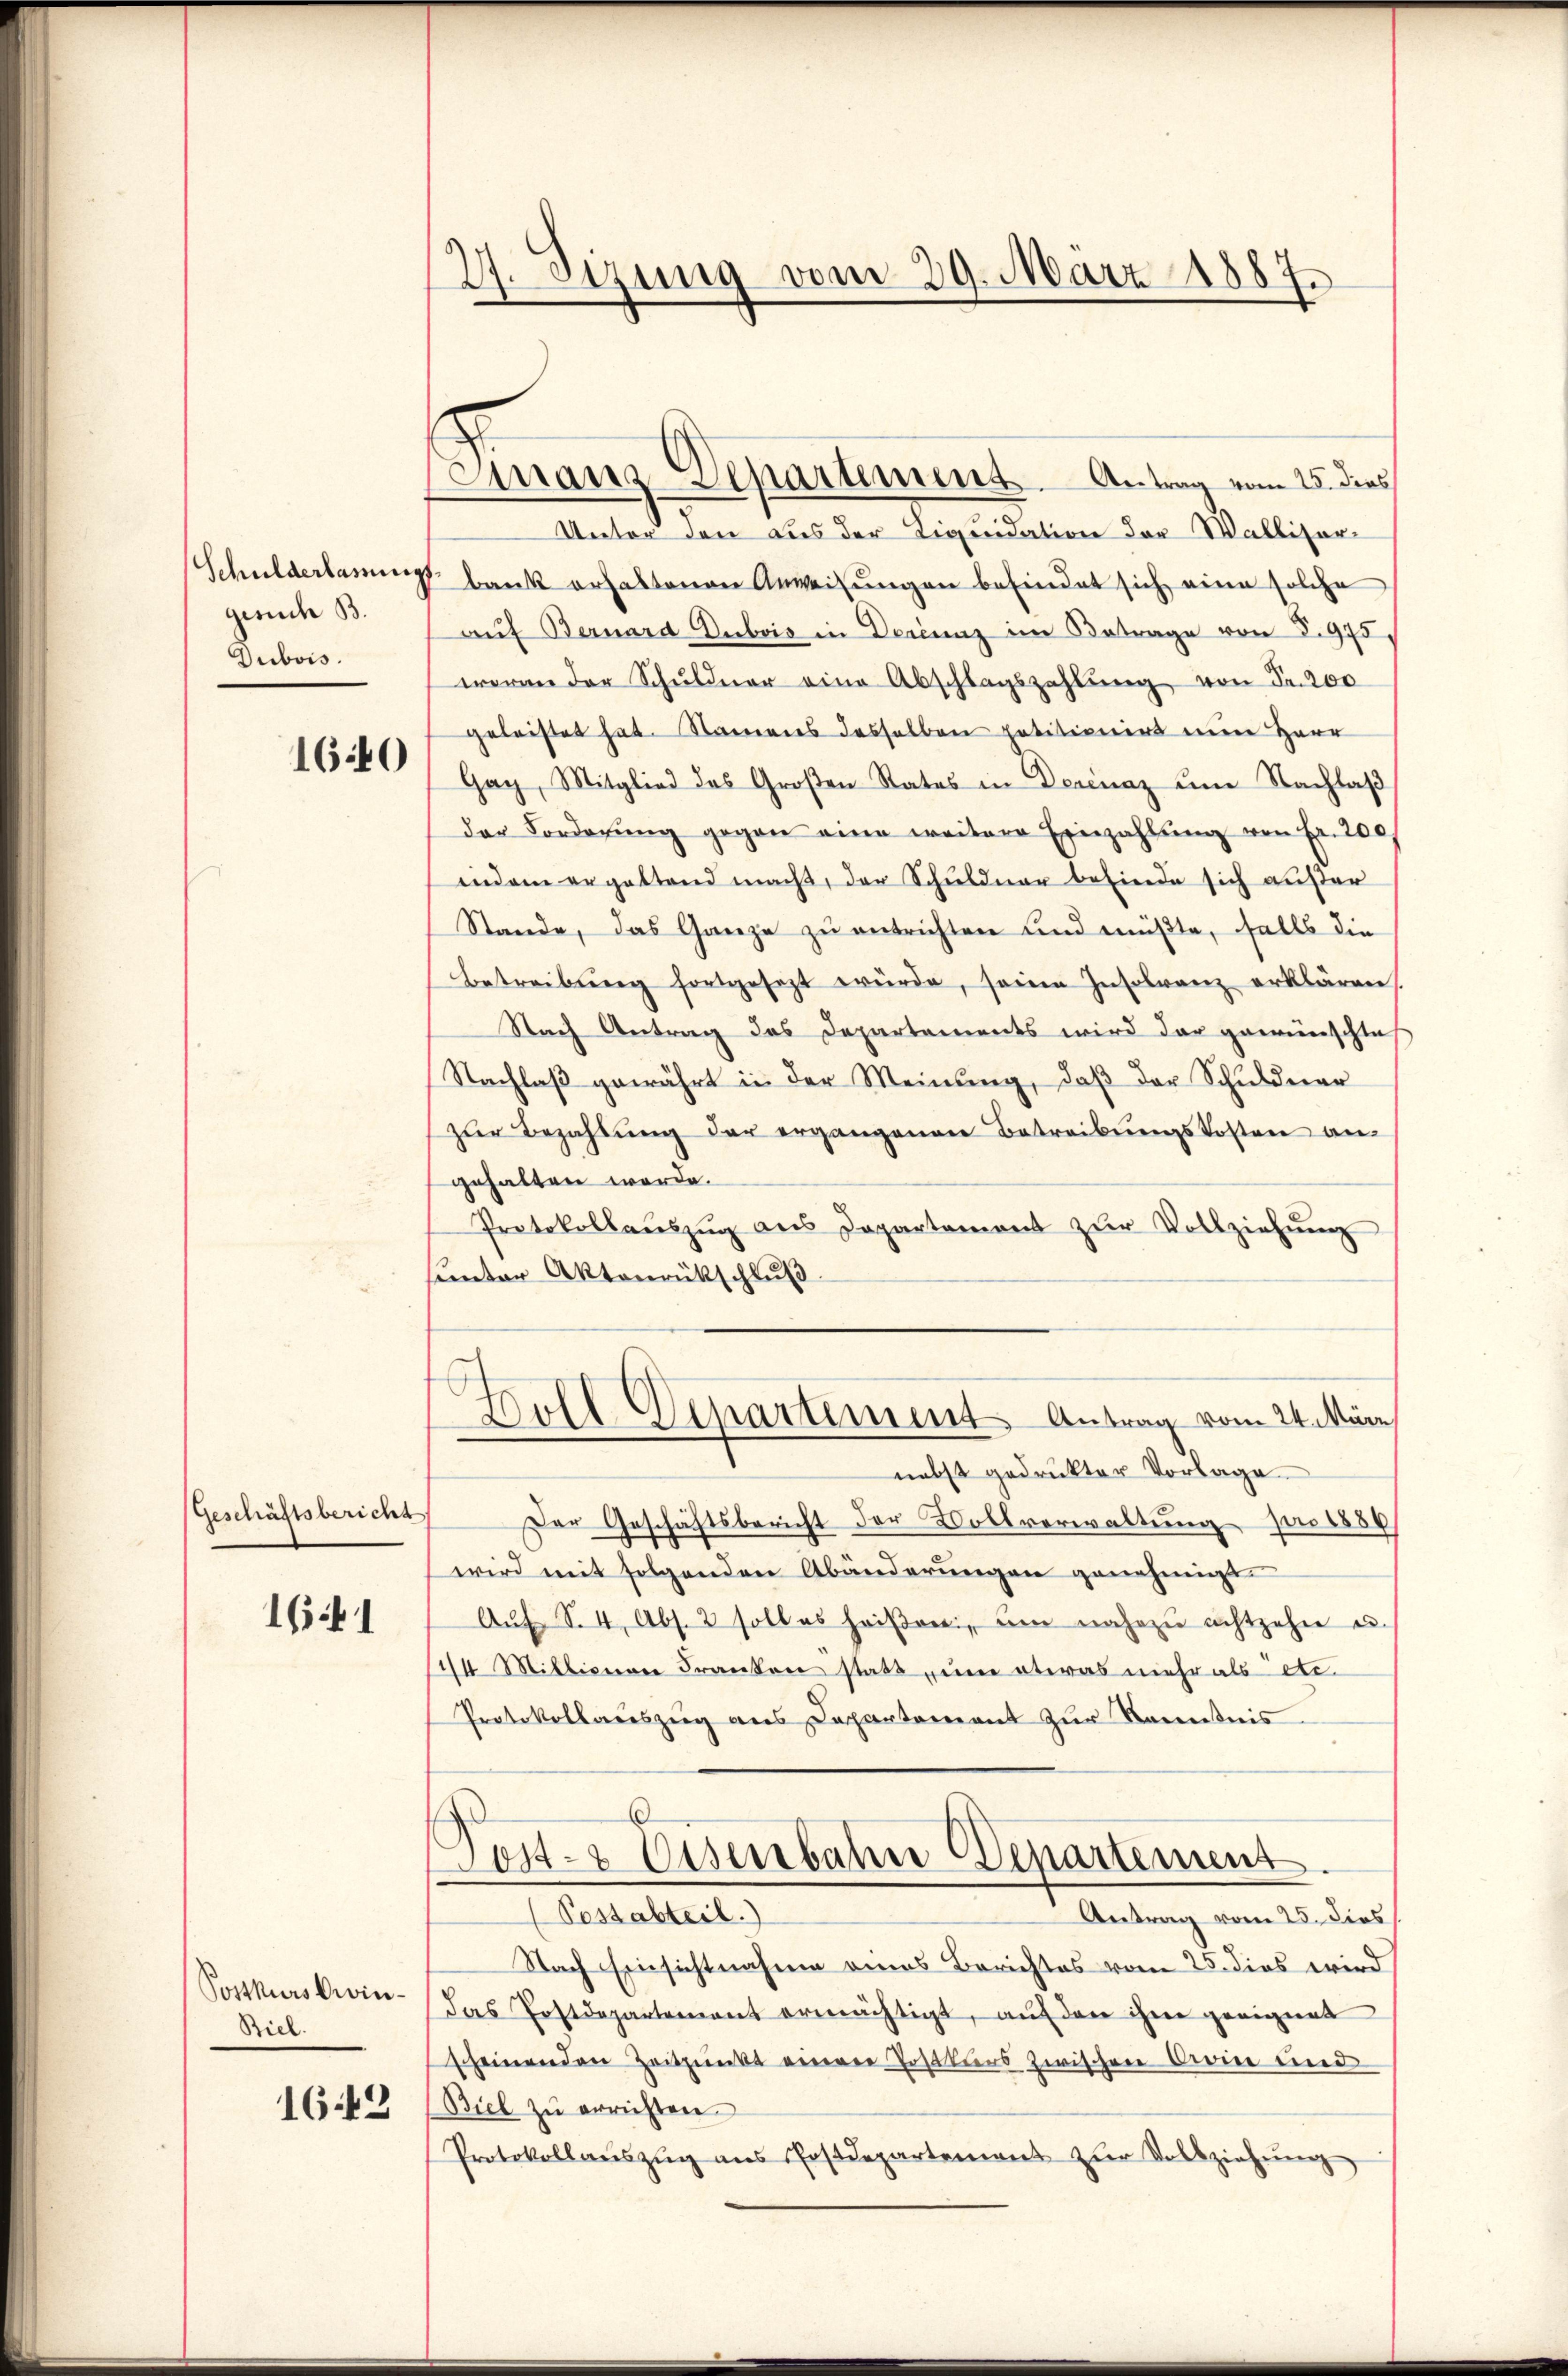
Schulderlamung
gesuch B.
Dubois.

1640

Geschäftsbericht

1641

Postkurs brin¬
Biel.
1643

27. Sizung vom 29. März 1887.

Finanz-Departement. Antrag vom 25. dies

Unter den aus der Liquidation der Walliser-
 Bank erhaltenen Anweisungen befindet sich eine solche
aŭf Bernard Dubois in Derenz im Betrage von S. 975,
woran der Schŭldner eine Abschlagszahlŭng von Fr. 200
geleistet hat. Namens desselben patitionirt nun Herr
Gag, Mitglied des Großen Rates in Derenaz ŭm Nachlaβ
der Vorderŭng gegen eine weitere Einzahlŭng von Fr. 200
indem ergaltend macht, der Schuldner befinde sich außer
Stande, das Ganze zu entrichten und müßte, falls die
Betreibung fortgesezt würde, seine Insolvanz erklären,
Nach Antrag des Departements wird der gewünschtes
Nachlaß gewährt in der Meinung, daß der Schuldner
zŭr Bezahlŭng der ergangenen Betreibŭngskosten an-
gehalten werde.
Protokollaŭszŭg ans Departement zŭr Vollziehŭng
sunter Aktenrückschluß.
s
Goll Departement Antrag vom 24. März
nebst gedrukter Vorlage
Der Geschäftsbericht der Vollverwaltung pro 1886
wird mit folgenden Abänderungen genehmigt.
Aŭf S. 4, Abs. 2 soll es heiβen, um nahezu achtzehn u.
44 Millionen Franken statt, um etwas mehr als etc.
Protokollauszug aus Departement zŭr Kenntnis
6
Post- & Eisenbahne Departement.
Possabteil.)
Antrag vom 25. dies
Nach Einsichtnahme eines Berichtes vom 25. dies wird
das Postdepartement ermächtigt, auf den ihre geeignet
scheinenden Zeitpunkt einer Postkurs zwischen Dein und
Biel zu errichten
Protokollaŭszŭg aŭs Postdepartement zŭr Vollziehŭng